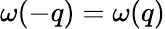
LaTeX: \omega(-q)=\omega(q)